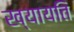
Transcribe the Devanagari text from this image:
ख्यायति